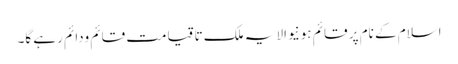
اسلام کے نام پر قائم ہونیوالا یہ ملک تا قیامت قائم ودائم رہے گا۔